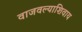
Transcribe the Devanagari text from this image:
वाजवल्याशिवाय